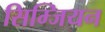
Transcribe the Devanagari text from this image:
सिम्जियन